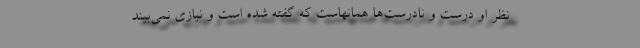
نظر او درست و نادرست‌ها همانهاست که گفته شده است و نیازی نمی‌بیند